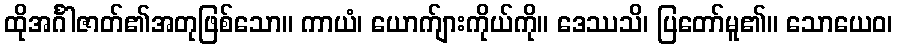
ထိုအင်္ဂါဇာတ်၏အတုဖြစ်သော။ ကာယံ၊ ယောက်ျားကိုယ်ကို။ ဒေဿသိ၊ ပြတော်မူ၏။ သောယေဝ၊